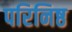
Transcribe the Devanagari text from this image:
परिनिष्ठ